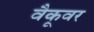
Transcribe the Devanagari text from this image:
वैकूवर